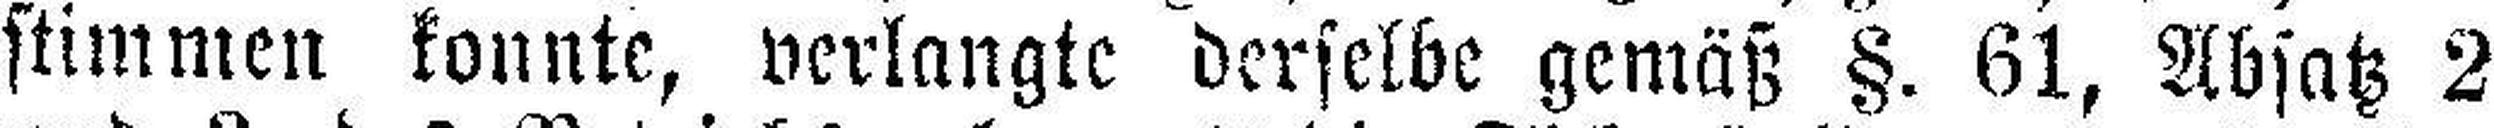
stimmen konnte, verlangte derselbe gemäß §. 61, Absatz 2